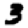
Digit: 3